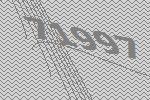
71997